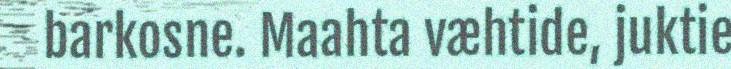
barkosne. Maahta væhtide, juktie